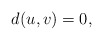
\begin{align*} d(u,v)=0,\end{align*}